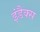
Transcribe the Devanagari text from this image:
इंडैक्स